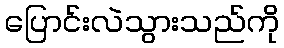
ပြောင်းလဲသွားသည်ကို